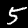
Label: 5